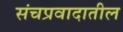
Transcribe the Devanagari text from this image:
संचप्रवादातील